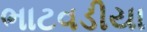
ભાટવડીયા